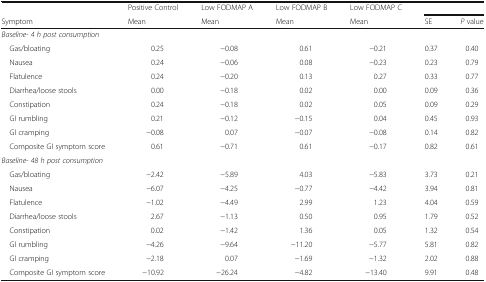
<table><thead><tr><td></td><td><b>Positive Control</b></td><td><b>Low FODMAP A</b></td><td><b>Low FODMAP B</b></td><td><b>Low FODMAP C</b></td><td colspan="2"></td></tr><tr><td><b>Symptom</b></td><td><b>Mean</b></td><td><b>Mean</b></td><td><b>Mean</b></td><td><b>Mean</b></td><td><b>SE</b></td><td><b><i>P</i> value</b></td></tr></thead><tbody><tr><td colspan="7"><i>Baseline- 4 h post consumption</i></td></tr><tr><td> Gas/bloating</td><td>0.25</td><td>−0.08</td><td>0.61</td><td>−0.21</td><td>0.37</td><td>0.40</td></tr><tr><td> Nausea</td><td>0.24</td><td>−0.06</td><td>0.08</td><td>−0.23</td><td>0.23</td><td>0.79</td></tr><tr><td> Flatulence</td><td>0.24</td><td>−0.20</td><td>0.13</td><td>0.27</td><td>0.33</td><td>0.77</td></tr><tr><td> Diarrhea/loose stools</td><td>0.00</td><td>−0.18</td><td>0.02</td><td>0.00</td><td>0.09</td><td>0.36</td></tr><tr><td> Constipation</td><td>0.24</td><td>−0.18</td><td>0.02</td><td>0.05</td><td>0.09</td><td>0.29</td></tr><tr><td> GI rumbling</td><td>0.21</td><td>−0.12</td><td>−0.15</td><td>0.04</td><td>0.45</td><td>0.93</td></tr><tr><td> GI cramping</td><td>−0.08</td><td>0.07</td><td>−0.07</td><td>−0.08</td><td>0.14</td><td>0.82</td></tr><tr><td> Composite GI symptom score</td><td>0.61</td><td>−0.71</td><td>0.61</td><td>−0.17</td><td>0.82</td><td>0.61</td></tr><tr><td colspan="7"><i>Baseline- 48 h post consumption</i></td></tr><tr><td> Gas/bloating</td><td>−2.42</td><td>−5.89</td><td>4.03</td><td>−5.83</td><td>3.73</td><td>0.21</td></tr><tr><td> Nausea</td><td>−6.07</td><td>−4.25</td><td>−0.77</td><td>−4.42</td><td>3.94</td><td>0.81</td></tr><tr><td> Flatulence</td><td>−1.02</td><td>−4.49</td><td>2.99</td><td>1.23</td><td>4.04</td><td>0.59</td></tr><tr><td> Diarrhea/loose stools</td><td>2.67</td><td>−1.13</td><td>0.50</td><td>0.95</td><td>1.79</td><td>0.52</td></tr><tr><td> Constipation</td><td>0.02</td><td>−1.42</td><td>1.36</td><td>0.05</td><td>1.32</td><td>0.54</td></tr><tr><td> GI rumbling</td><td>−4.26</td><td>−9.64</td><td>−11.20</td><td>−5.77</td><td>5.81</td><td>0.82</td></tr><tr><td> GI cramping</td><td>−2.18</td><td>0.07</td><td>−1.69</td><td>−1.32</td><td>2.02</td><td>0.88</td></tr><tr><td> Composite GI symptom score</td><td>−10.92</td><td>−26.24</td><td>−4.82</td><td>−13.40</td><td>9.91</td><td>0.48</td></tr></tbody></table>